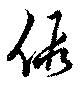
假